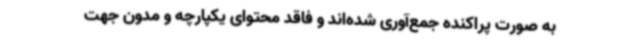
به صورت پراکنده جمع‌آوری شده‌اند و فاقد محتوای یکپارچه و مدون جهت